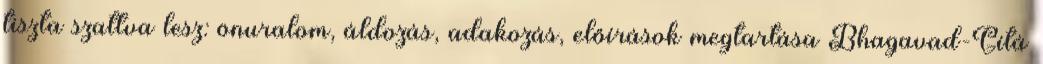
tiszta szattva lesz: önuralom, áldozás, adakozás, előírások megtartása Bhagavad-Gítá